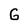
Character: G